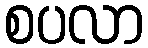
စပလာ